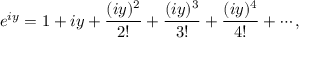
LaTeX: e ^ { i y } = 1 + i y + { \frac { ( i y ) ^ { 2 } } { 2 ! } } + { \frac { ( i y ) ^ { 3 } } { 3 ! } } + { \frac { ( i y ) ^ { 4 } } { 4 ! } } + \cdots ,